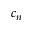
c _ { n }